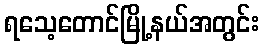
ရသေ့တောင်မြို့နယ်အတွင်း